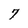
Character: 7